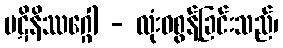
ပဋိနိဿဂ္ဂေါ - လုံးဝစွန့်ခြင်းသည်၊